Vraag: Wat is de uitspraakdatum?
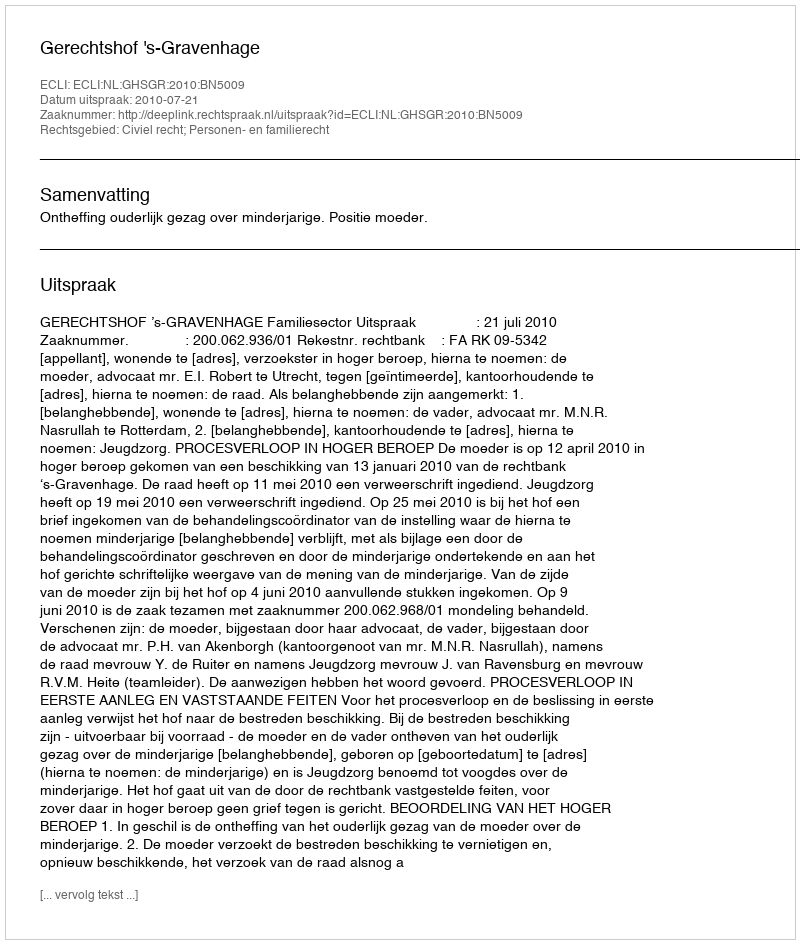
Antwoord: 2010-07-21